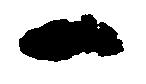
一